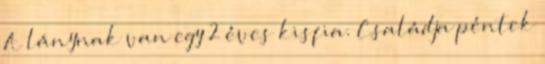
A lánynak van egy 2 éves kisfia. Családja péntek